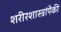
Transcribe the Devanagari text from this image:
शरीरशास्त्रांपैकी